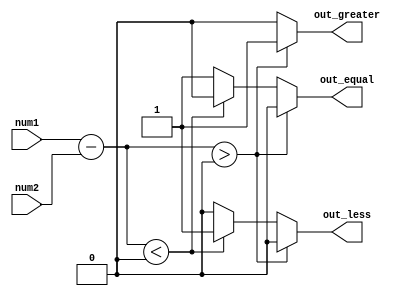
module fixed_point_comparator (
    input [15:0] num1,
    input [15:0] num2,
    output reg out_greater,
    output reg out_less,
    output reg out_equal
);

reg [15:0] diff;
reg overflow;

always @* begin
    diff = num1 - num2;
    if (diff > 0) begin
        out_greater = 1;
        out_less = 0;
        out_equal = 0;
    end else if (diff < 0) begin
        out_greater = 0;
        out_less = 1;
        out_equal = 0;
    end else begin
        out_greater = 0;
        out_less = 0;
        out_equal = 1;
    end
    
    // Overflow detection
    if (num1[15] != num2[15] && diff[15] != num1[15]) begin
        overflow = 1;
    end else begin
        overflow = 0;
    end
end

endmodule